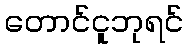
တောင်ငူဘုရင်